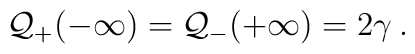
{\cal Q}_{+}(-\infty )={\cal Q}_{-}(+\infty )=2\gamma \: .